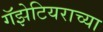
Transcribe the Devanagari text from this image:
गॅझेटियराच्या